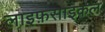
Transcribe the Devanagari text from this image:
लाइफ़साइकल